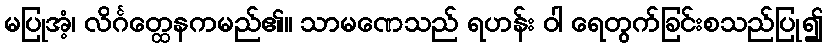
မပြုအံ့၊ လိင်္ဂတ္ထေနကမည်၏။ သာမဏေသည် ရဟန်း ဝါ ရေတွက်ခြင်းစသည်ပြု၍